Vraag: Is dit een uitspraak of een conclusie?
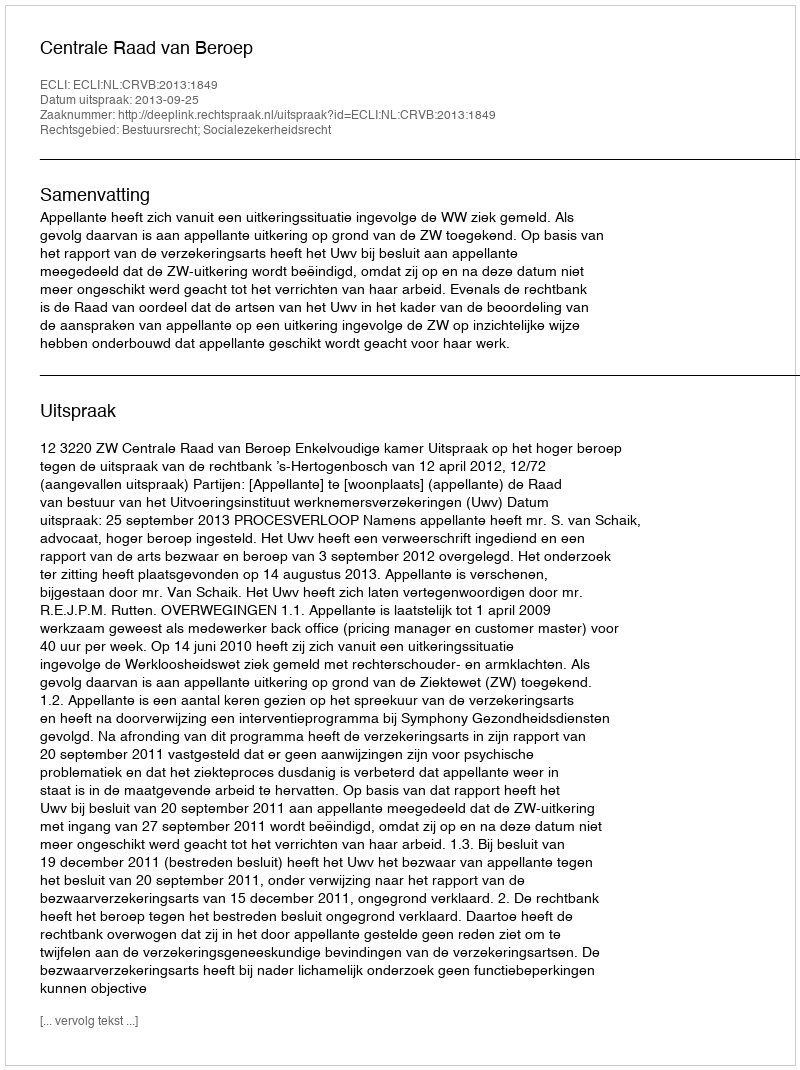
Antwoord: Uitspraak